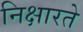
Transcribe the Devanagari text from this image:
निक्षारते